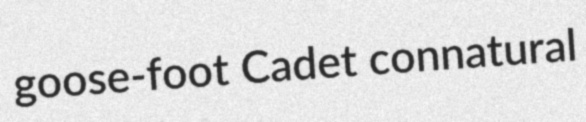
goose-foot Cadet connatural